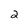
Character: 2